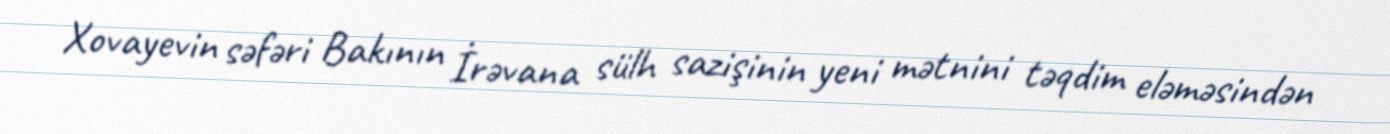
Xovayevin səfəri Bakının İrəvana sülh sazişinin yeni mətnini təqdim eləməsindən